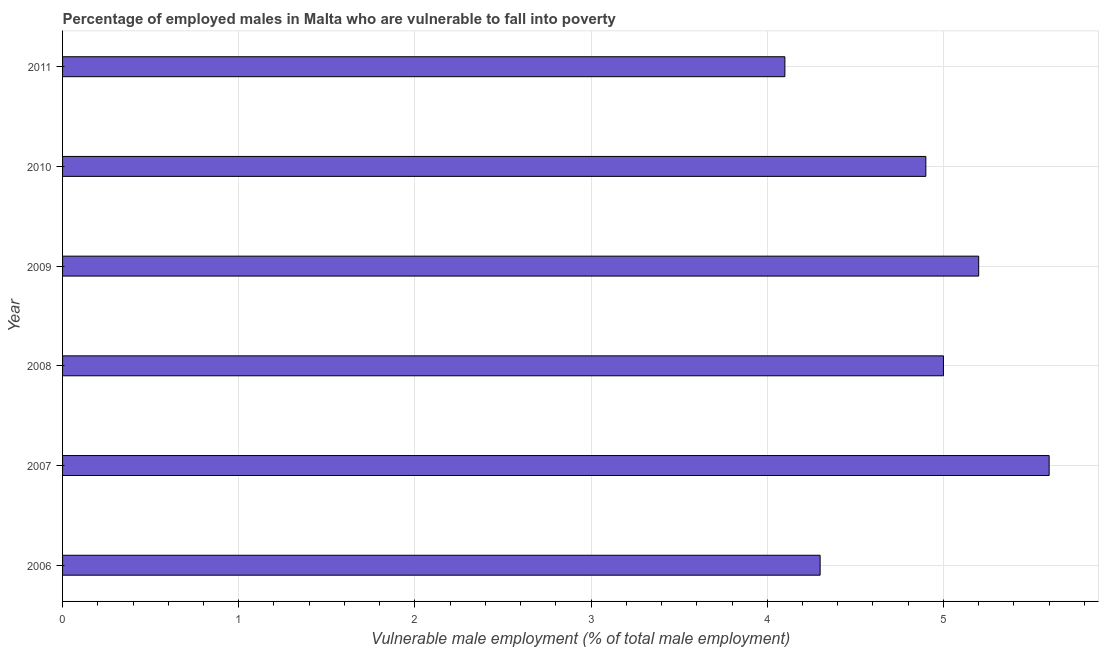
| Year | Percentage of employed males who are vulnerable to fall into poverty |
 | --- | --- |
 | 2006 | 4.3 |
 | 2007 | 5.6 |
 | 2008 | 5 |
 | 2009 | 5.2 |
 | 2010 | 4.9 |
 | 2011 | 4.1 |